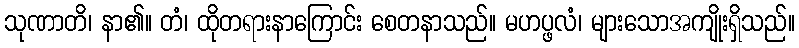
သုဏာတိ၊ နာ၏။ တံ၊ ထိုတရားနာကြောင်း စေတနာသည်။ မဟပ္ဖလံ၊ များသောအကျိုးရှိသည်။